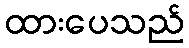
ထားပေသည်